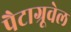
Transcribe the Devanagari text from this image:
पैटाग्रूवेल